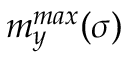
m _ { y } ^ { m a x } ( \sigma )